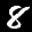
Label: 8